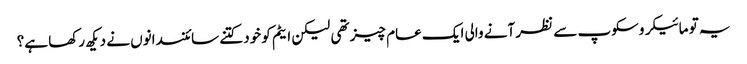
یہ تو مائیکروسکوپ سے نظر آنے والی ایک عام چیز تھی لیکن ایٹم کو خود کتنے سائنسدانوں نے دیکھ رکھا ہے؟